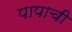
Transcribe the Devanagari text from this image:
पापाची